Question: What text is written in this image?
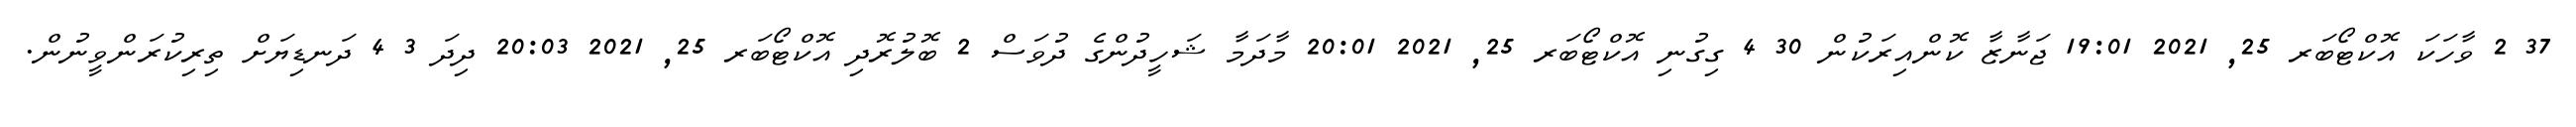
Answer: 37 2 ވާހަކަ އޮކްޓޯބަރ 25, 2021 19:01 ޖަނާޒާ ކޮންއިރަކުން 30 4 ގިގުނި އޮކްޓޯބަރ 25, 2021 20:01 މާދަމާ ޝަހީދުންގެ ދުވަސް 2 ބޮލުރޮދި އޮކްޓޯބަރ 25, 2021 20:03 ދިދަ 3 4 ދަނޑިޔަށް ތިރިކުރަންވީނުން.